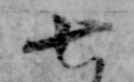
七